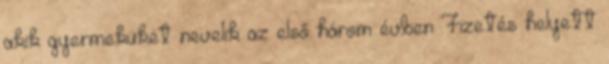
akik gyermeküket nevelik az első három évben Fizetés helyett